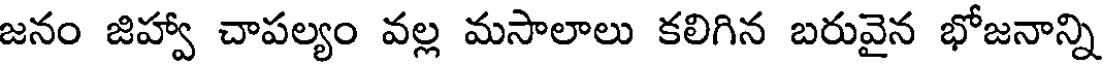
జనం జిహ్వా చాపల్యం వల్ల మసాలాలు కలిగిన బరువైన భోజనాన్ని